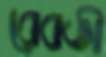
রেবতী